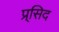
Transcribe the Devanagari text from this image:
प्र्सिद